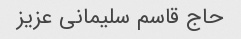
حاج قاسم سلیمانی عزیز